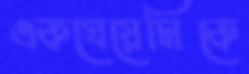
একঘেয়েমিকে